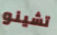
تشينو